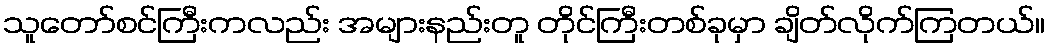
သူတော်စင်ကြီးကလည်း အများနည်းတူ တိုင်ကြီးတစ်ခုမှာ ချိတ်လိုက်ကြတယ်။